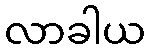
လာခါယ